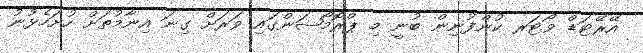
އޭރޭޓަޑް ވޯޓަރ ކުންފުނިން ބުނީ މި ޕްރޮމޯޝަންގައި ވަރަށް ގިނަ އިނާމުތަށް ހުށަހެޅުނު